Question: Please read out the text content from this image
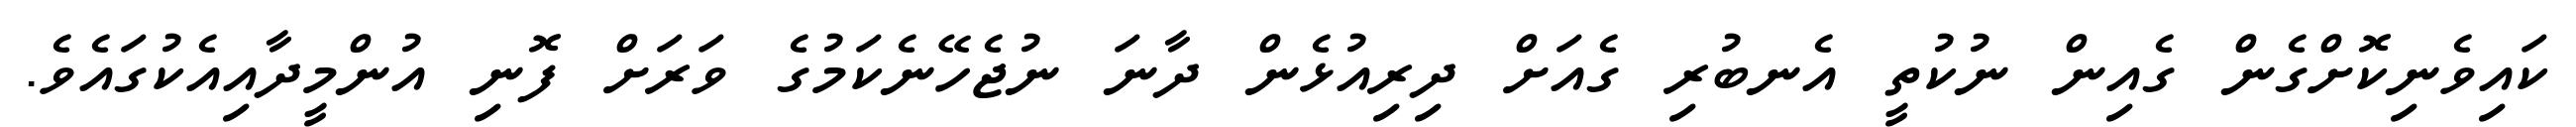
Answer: ކައިވެނިކޮށްގެން ގެއިން ނުކުތީ އެނބުރި ގެއަށް ދިރިއުޅެން ދާނަ ނުޖެހޭނެކަމުގެ ވަރަށް ފޮނި އުންމީދާއިއެކުގައެވެ.